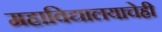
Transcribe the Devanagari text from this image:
महाविद्यालयाचेही